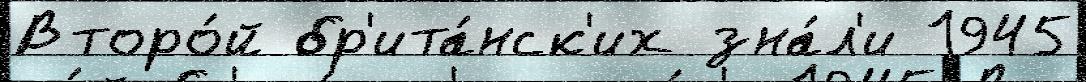
Второ́й бр'ита́нск'их зна́л'и 1945